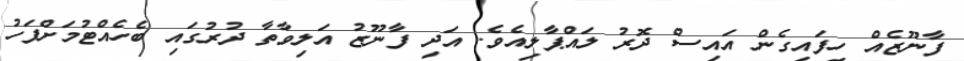
ފާނޫޒެއް ހިފައިގެން އައިސް ދޮރު ލައްޕާލިއެވެ. އަދި ފާނޫޒު އަލިވާތާ ދުރުގައި ބެހެއްޓުމަށްފަހު